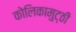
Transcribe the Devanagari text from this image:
कोलिकामुट्ठी